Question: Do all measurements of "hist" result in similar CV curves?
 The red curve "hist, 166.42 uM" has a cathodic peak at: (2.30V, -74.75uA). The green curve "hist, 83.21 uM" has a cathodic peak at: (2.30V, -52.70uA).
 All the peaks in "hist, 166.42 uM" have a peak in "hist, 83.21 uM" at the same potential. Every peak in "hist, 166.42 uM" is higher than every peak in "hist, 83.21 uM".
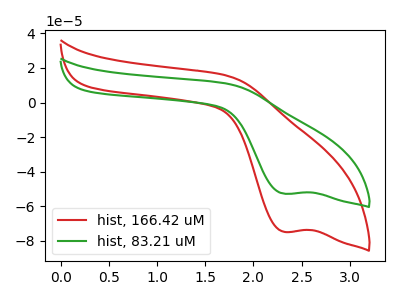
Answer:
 <answer>All the CV's of "hist" have similar shape.</answer>
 <eval>follow_rule</eval>